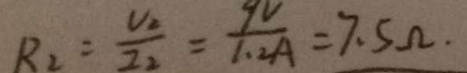
R _ { 2 } = \frac { U _ { 2 } } { I _ { 2 } } = \frac { 9 V } { 1 . 2 A } = 7 . 5 \Omega .